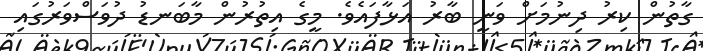
ގާތުން ކިރު ދިނުމަށް ވަނީ ބާރު އަޅާފައެވެ. މީގެ އިތުރުން މާބަނޑު ދުވަސްވަރުގައި